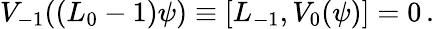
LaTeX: V_{-1}((L_{0}-1)\psi)\equiv[L_{-1},V_{0}(\psi)]=0\, .